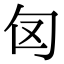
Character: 𭅅